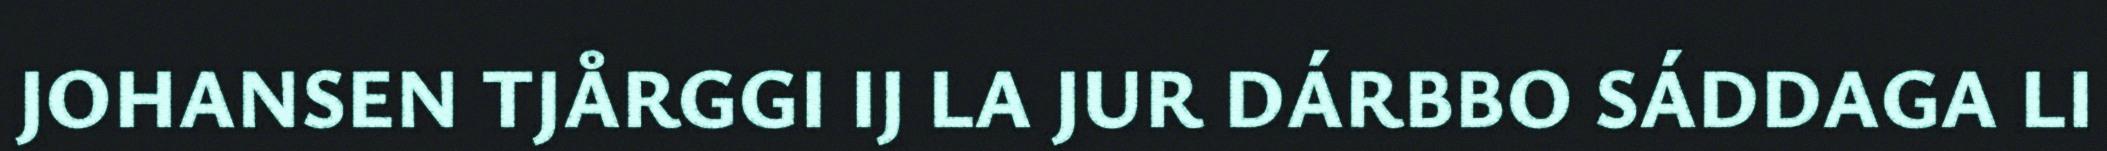
JOHANSEN TJÅRGGI IJ LA JUR DÁRBBO SÁDDAGA LI